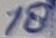
Text: 18